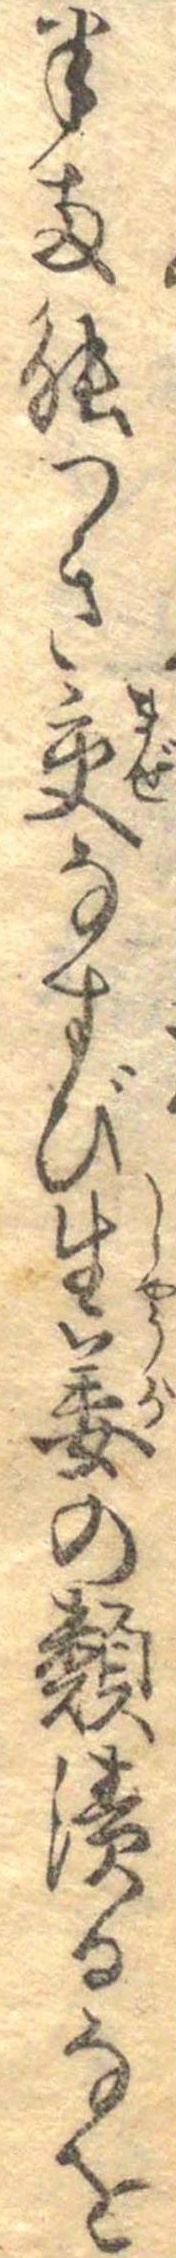
半両能つき交なすび生姜の類漬るなを